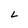
Character: L